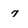
Character: 7